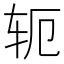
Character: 轭